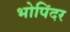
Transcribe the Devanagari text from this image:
भोपिंदर